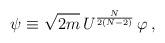
LaTeX: \begin{align*}\psi \equiv \sqrt{2m}\,U^{\frac{N}{2(N-2)}}\,\varphi\, ,\end{align*}